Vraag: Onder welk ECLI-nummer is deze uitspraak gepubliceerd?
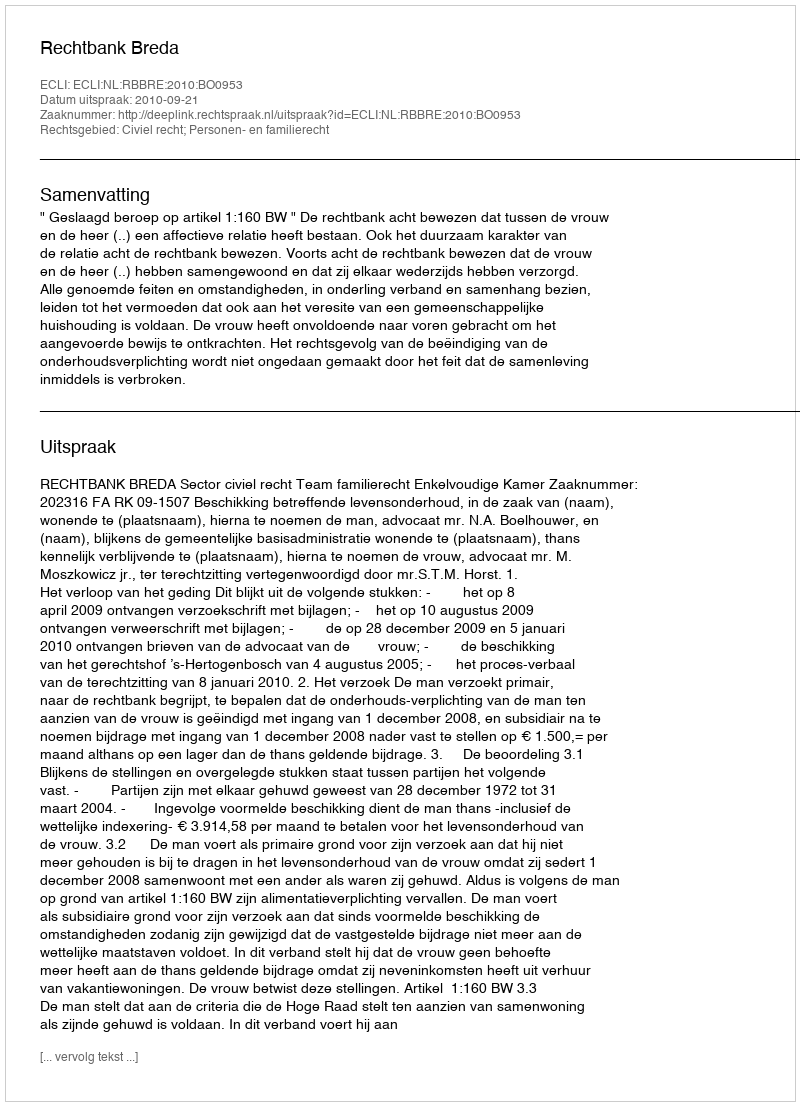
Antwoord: ECLI:NL:RBBRE:2010:BO0953